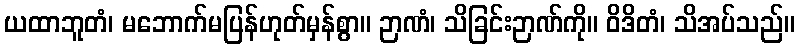
ယထာဘူတံ၊ မဘောက်မပြန်ဟုတ်မှန်စွာ။ ဉာဏံ၊ သိခြင်းဉာဏ်ကို။ ဝိဒိတံ၊ သိအပ်သည်။